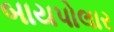
બાયપોલાર